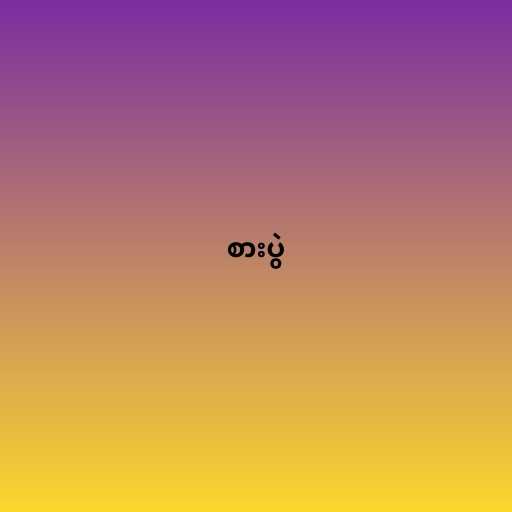
စားပွဲ